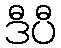
ဒီပီ